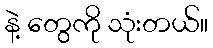
နဲ့ တွေကို သုံးတယ်။